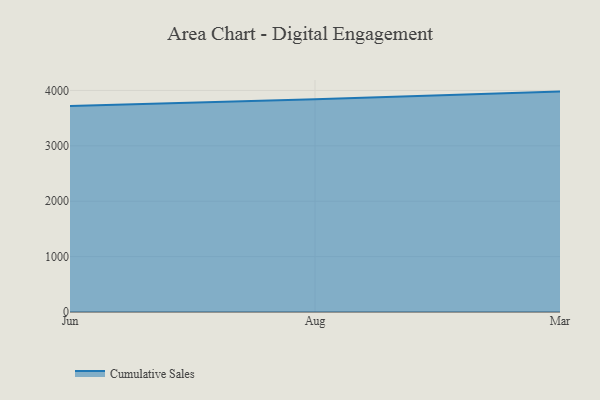
{"axis": {"x": "Month", "y": "Inventory Turnover"}, "legend": ["Cumulative Sales"], "data": [{"x": "Jun", "y": 3717.5, "type": "Cumulative Sales"}, {"x": "Aug", "y": 3838.5, "type": "Cumulative Sales"}, {"x": "Mar", "y": 3978.8, "type": "Cumulative Sales"}]}